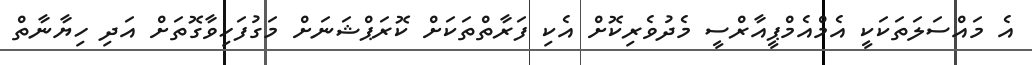
އެ މައްސަލަތަކަކީ އެމްއެމްޕީއާރްސީ މެދުވެރިކޮށް އެކި ފަރާތްތަކަށް ކޮރަޕްޝަނަށް މަގުފަހިވާގޮތަށް އަދި ހިޔާނާތް